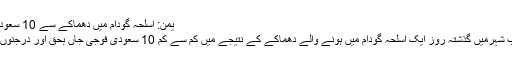
یمن: اسلحہ گودام میں دھماکے سے 10 سعودی فوجی شہید
یمن کے مآرب شہرمیں گذشتہ روز ایک اسلحہ گودام میں ہونے والے دھماکے کے نتیجے میں کم سے کم 10 سعودی فوجی جاں بحق اور درجنوں زخمی ہوئے۔